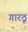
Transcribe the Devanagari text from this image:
गारठू